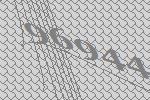
96944